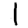
Digit: 1